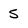
Character: 5